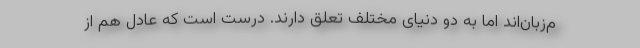
م‌زبان‌اند اما به دو دنیای مختلف تعلق دارند. درست است که عادل هم از